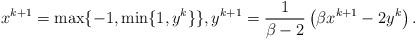
LaTeX: \begin{align*}x^{k+1} = \max\{-1,\min\{1,y^k\}\},y^{k+1} = \frac{1}{\beta - 2}\left(\beta x^{k+1} - 2y^k\right).\end{align*}